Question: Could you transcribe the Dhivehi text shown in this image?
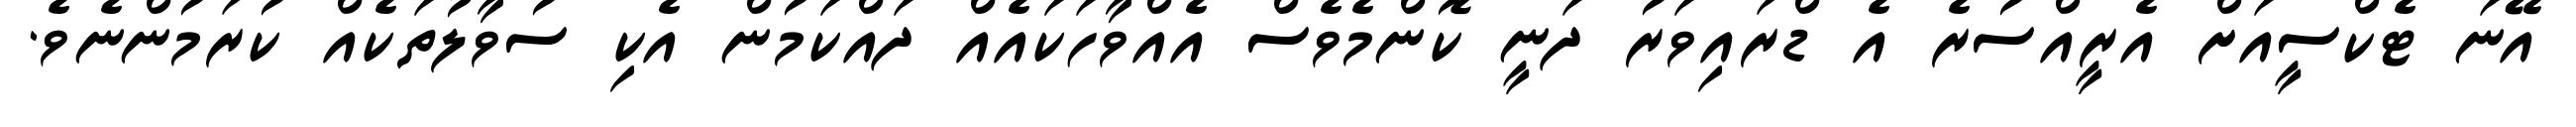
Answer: އޭނަ ޓެކްސީއަށް އެރީއްސުރެ އެ ޑްރައިވަރު ދަނީ ކޮންމެވެސް އެއްވާހަކައެއް ދައްކަމުން އެކި ސުވާލުތަކެއް ކުރަމުންނެވެ.